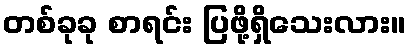
တစ်ခုခု စာရင်း ပြဖို့ရှိသေးလား။